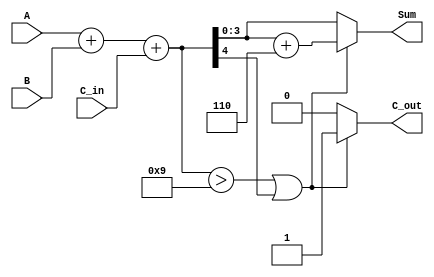
module BCD_Asynchronous_Adder (
    input  [3:0] A,      // First BCD digit
    input  [3:0] B,      // Second BCD digit
    input        C_in,    // Carry input
    output reg [3:0] Sum, // BCD sum output
    output reg C_out      // Carry output
);

    wire [4:0] binary_sum; // 5 bits to accommodate carry
    wire correction_needed; // Flag for correction
    wire [3:0] corrected_sum; // Corrected sum after BCD adjustment

    // Step 1: Binary addition of A, B, and C_in
    assign binary_sum = A + B + C_in;

    // Step 2: Determine if correction is needed
    assign correction_needed = (binary_sum > 4'b1001) || binary_sum[4];

    // Step 3: Correct the sum if necessary
    assign corrected_sum = binary_sum + 4'b0110; // Add 6 for BCD correction

    // Step 4: Output logic
    always @(*) begin
        if (correction_needed) begin
            Sum = corrected_sum[3:0]; // Use lower 4 bits after correction
            C_out = 1; // Set carry out
        end else begin
            Sum = binary_sum[3:0]; // Use lower 4 bits without correction
            C_out = 0; // No carry out
        end
    end

endmodule